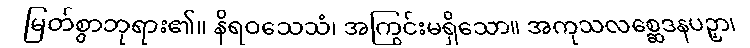
မြတ်စွာဘုရား၏။ နိရဝသေသံ၊ အကြွင်းမရှိသော။ အကုသလစ္ဆေဒနပဉှာ၊